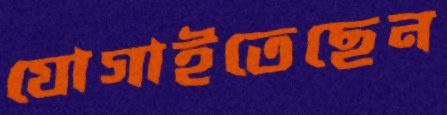
যোগাইতেছেন